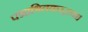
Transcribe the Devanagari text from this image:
पद्माश्रितकरद्वया।